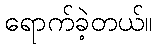
ရောက်ခဲ့တယ်။